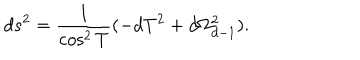
d s ^ { 2 } = { \frac { 1 } { \cos ^ { 2 } T } } ( - d T ^ { 2 } + d \Omega _ { d - 1 } ^ { 2 } ) .